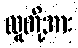
လူတို့အား